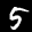
Label: 5